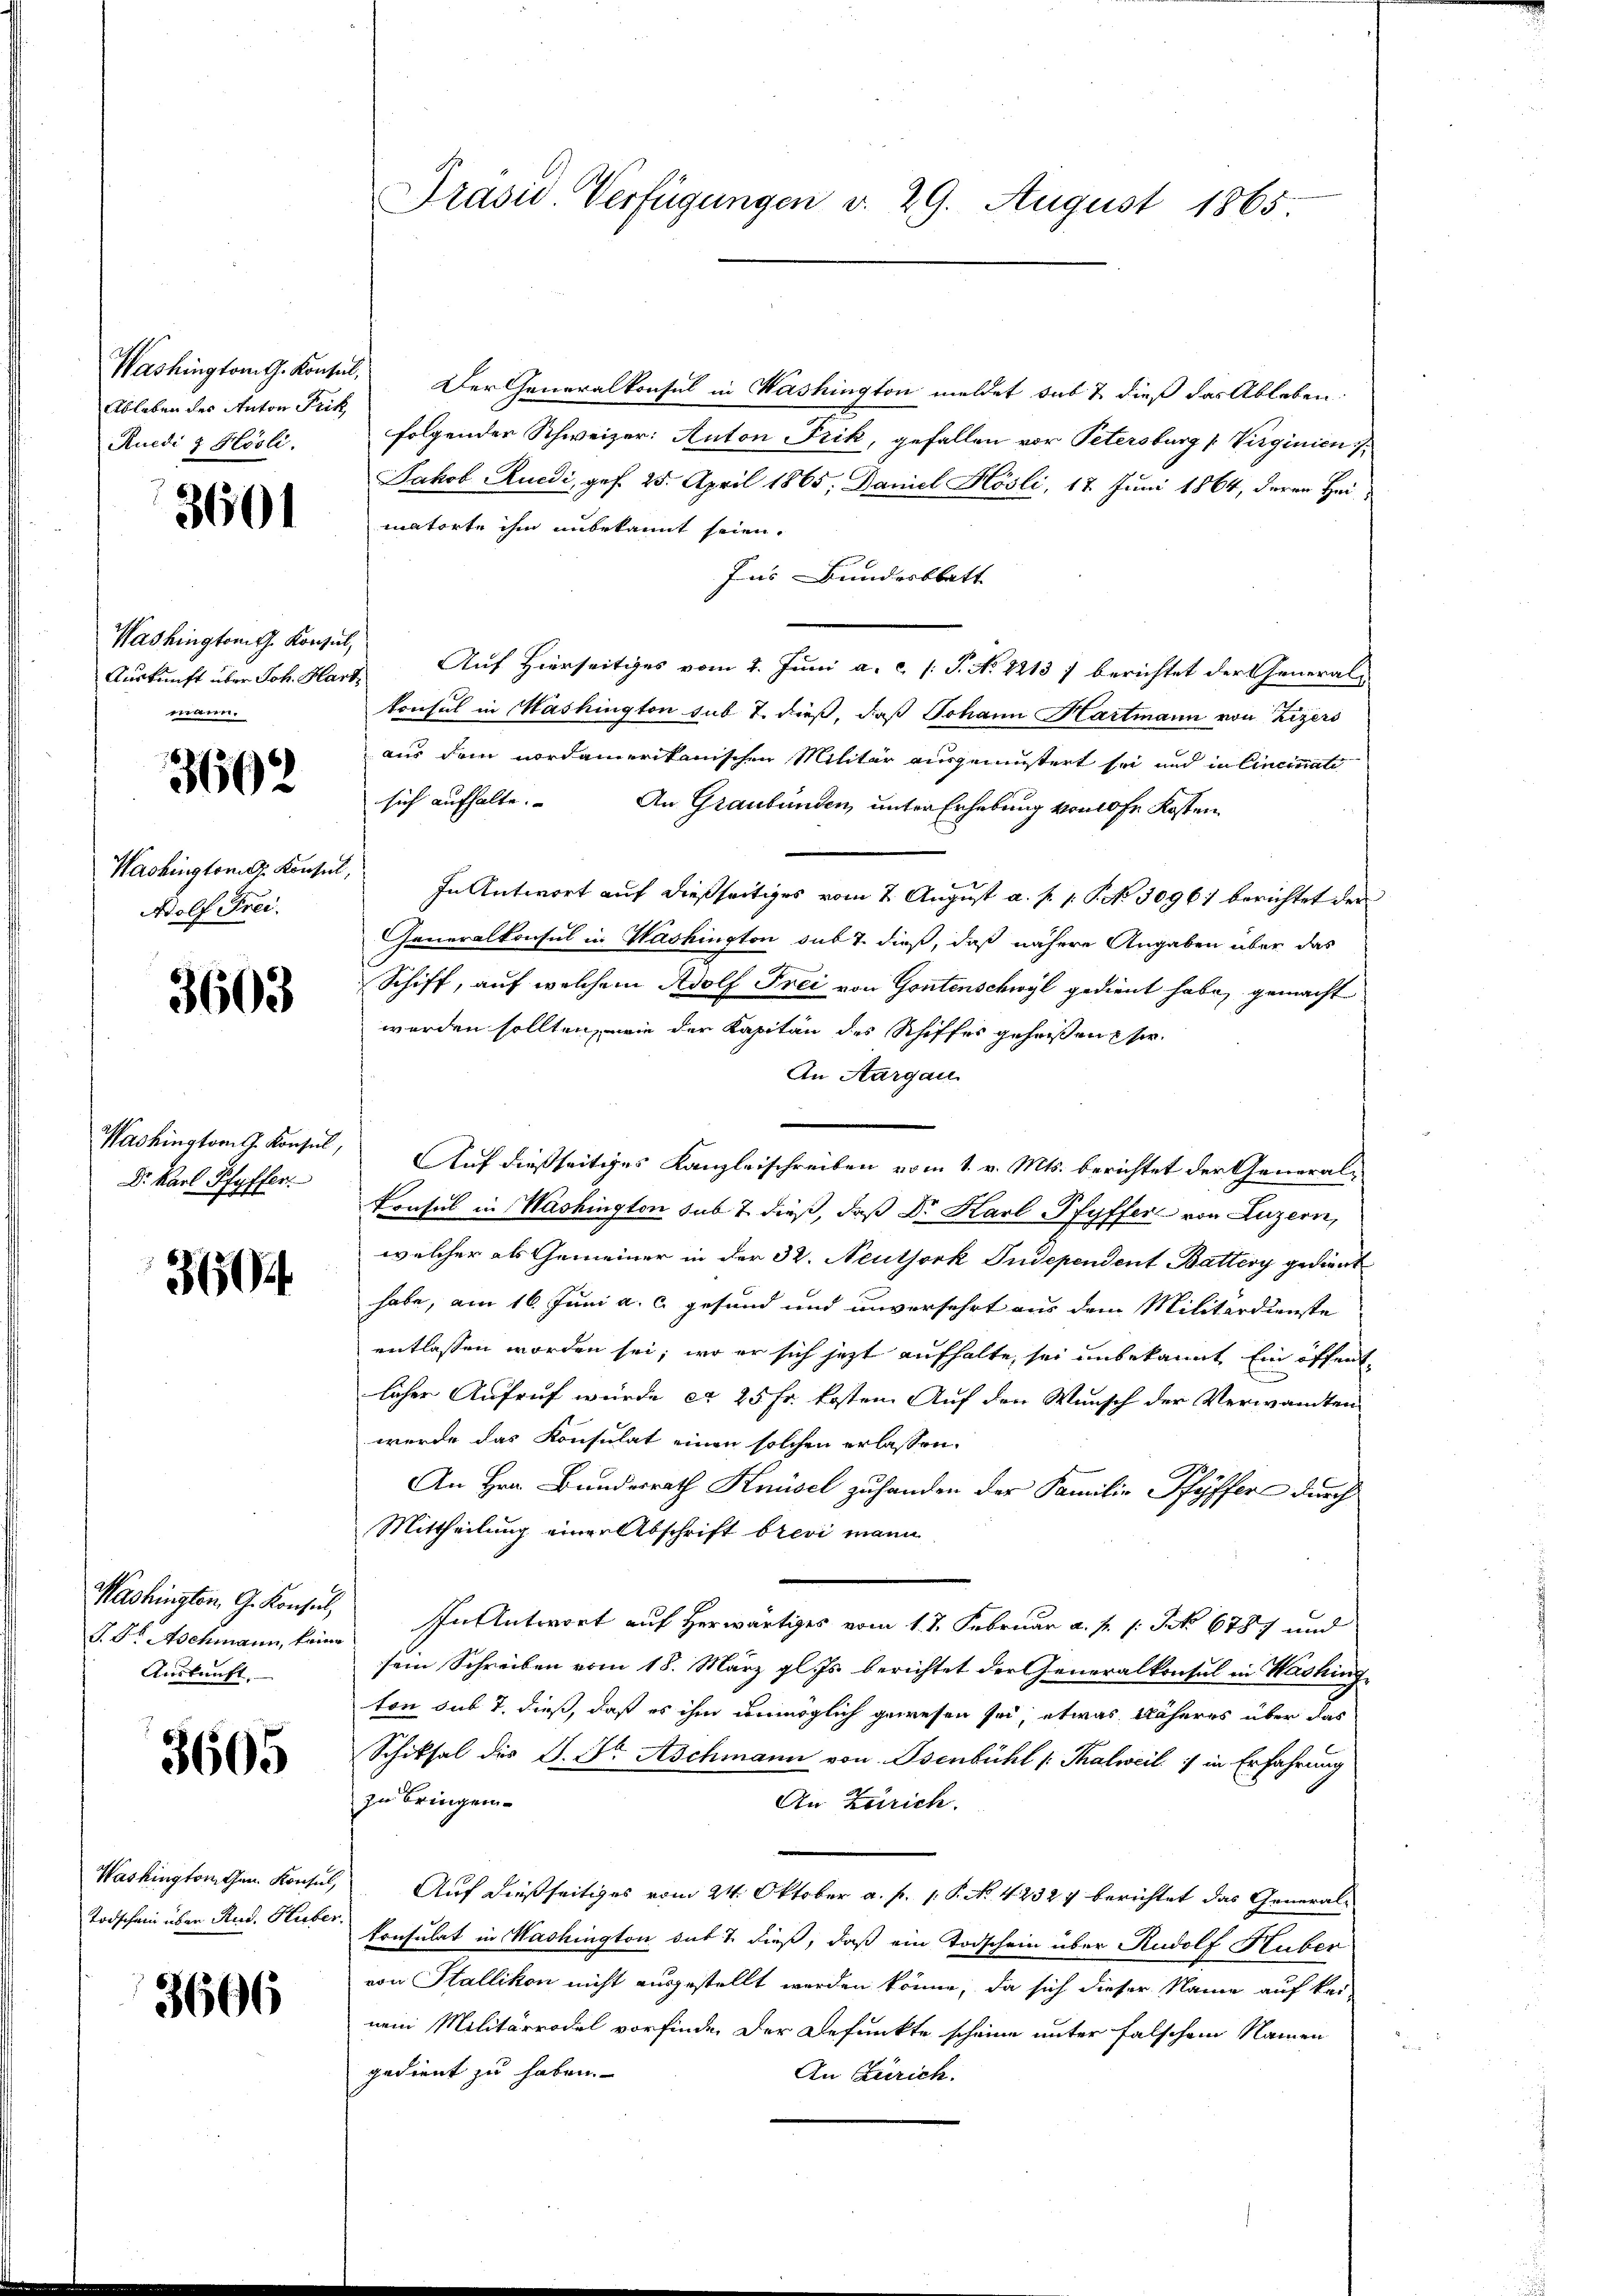
Ableben des Anton Frik
Ruedi & Hösli.

3601

Washingtonith Konzel,
erden.

3662

Adolf Frei

3603

Dr. Karl Pfyffer

3604

P. Dr. Aschmann, kein
Auskunft.

3605

Washington den Konsul,

3606

Präsid Verfügungen d. 29. August 1865

Washington G. Konsul, Der Generalkonsul in Washington meldet das 7. dieß das Ableben.
folgender Schweizer: Anton Frik, gefallen vor Petersburg Virginien
Jakob Ruedi, gef. 25. April 1865. Daniel Hösli, 17 Juni 1864, deren Heimatorte ihm unbekannt seien.
Ins Bundesblatt
Auskunft über Joh. Hart, Auf Hierseitiges vom 1. Juni a.c. (T. No 1213 / berichtet der General-
konsul in Mashington sub 7. dieß, daß Johann Hartmann von Zizers
aus dem nordamerikanischen Militär ausgemüstert sei und in Cincinati
sich aufhalte. An Graubünden, unter Erhebung von 0fr Kosten
Washingtong. Konseil, In Antwort auf dießseitiges vom 2. August a. p. 1. P. Nr. 30961 berichtet der
Generalkonsul in Washington sub 7. dieß, daß nähere Angaben über das
Schiff, auf welchem Adolf Frei von Gontenschwyl gedient habe, gemacht
werden sollten, wie der Kapitän des Schiffes geheißen sie
An Aargau
e
Washington Konsul, Auf dießseitiges Kanzleischreiben vom 1. v. Mts. berichtet der Generalikonsul in Washington sub 7. dieß, daß Dr. Karl-Pfyffer von Luzern,
welcher als Gemeiner in der 32. Neutjork Judependent Battery gedient
habe, am 16. Juni a. c. gesund und unversehrt aus dem Militärdienste
entlassen worden sei, wo er sich jetzt aufhalte, sei unbekannt ein öffentlicher Aufruf wurde et 25 fr. kosten Auf den Wunsch der Verwandten
wurde das Konsulat einen solchen erlassen.
An Hrn. Bundesrath Knüsel zu handen der Familie Pfyffer durch
Mittheilung einer Abschrift brevi mann
Washingten, G. Konsul, Ihn Antwort auf Herwärtiges vom 17. Februar a. p. 1. Jak. 6787 und
sein Schreiben vom 18. März gl. Js. berichtet der Generalkonsul in Washing
ton sub 7. dieß, daß es ihm unmöglich gewesen sei, etwas näheres über das
Schiksal des S. Sr Aschmann von Osenbühl (Thalweil  in Erfahrung
zu bringen.
An Zürich.
Auf dießseitiges vom 24. Oktober a. f. 1. P. No. 42327 berichtet das General-
Todschein über Rud. Hirter Konsulat in Washington das 7. dieß, daß ein Todschein über Rudolf Huber
von Stallikon nicht ausgestellt werden könne, da sich dieser Name auf kei
nem Militärrodel vorfinde. Der Befunkte scheine unter falschem Namen
gedient zu haben.
An Zürich.